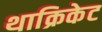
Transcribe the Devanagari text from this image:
थाक्रिकेट